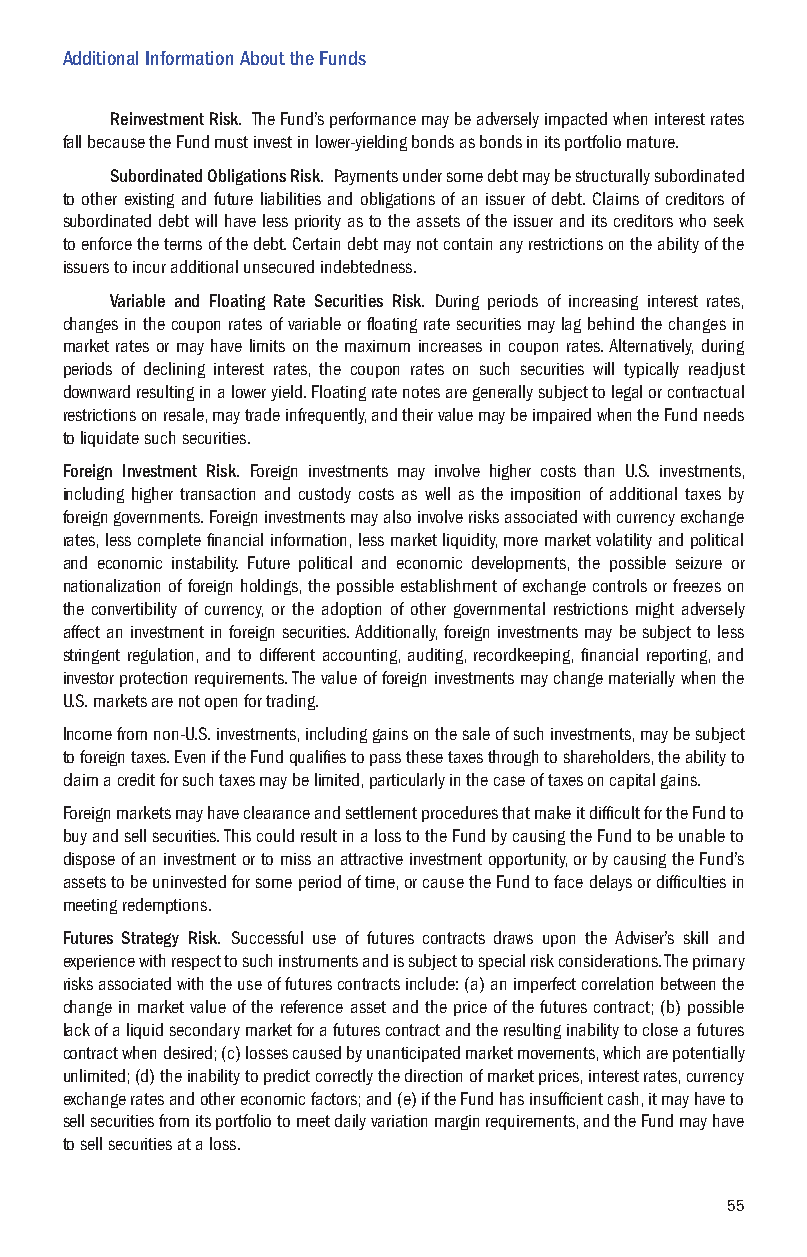
Additional Information About the Funds
 Reinvestment Risk. The Fund’s performance may be adversely impacted when interest rates
 fall because the Fund must invest in lower-yielding bonds as bonds in its portfolio mature.
 Subordinated Obligations Risk. Payments under some debt may be structurally subordinated
 to other existing and future liabilities and obligations of an issuer of debt. Claims of creditors of
 subordinated debt will have less priority as to the assets of the issuer and its creditors who seek
 to enforce the terms of the debt. Certain debt may not contain any restrictions on the ability of the
 issuers to incur additional unsecured indebtedness.
 Variable and Floating Rate Securities Risk. During periods of increasing interest rates,
 changes in the coupon rates of variable or floating rate securities may lag behind the changes in
 market rates or may have limits on the maximum increases in coupon rates. Alternatively, during
 periods of declining interest rates, the coupon rates on such securities will typically readjust
 downward resulting in a lower yield. Floating rate notes are generally subject to legal or contractual
 restrictions on resale, may trade infrequently, and their value may be impaired when the Fund needs
 to liquidate such securities.
 Foreign Investment Risk. Foreign investments may involve higher costs than U.S. investments,
 including higher transaction and custody costs as well as the imposition of additional taxes by
 foreign governments. Foreign investments may also involve risks associated with currency exchange
 rates, less complete financial information, less market liquidity, more market volatility and political
 and economic instability. Future political and economic developments, the possible seizure or
 nationalization of foreign holdings, the possible establishment of exchange controls or freezes on
 the convertibility of currency, or the adoption of other governmental restrictions might adversely
 affect an investment in foreign securities. Additionally, foreign investments may be subject to less
 stringent regulation, and to different accounting, auditing, recordkeeping, financial reporting, and
 investor protection requirements. The value of foreign investments may change materially when the
 U.S. markets are not open for trading.
 Income from non-U.S. investments, including gains on the sale of such investments, may be subject
 to foreign taxes. Even if the Fund qualifies to pass these taxes through to shareholders, the ability to
 claim a credit for such taxes may be limited, particularly in the case of taxes on capital gains.
 Foreign markets may have clearance and settlement procedures that make it difficult for the Fund to
 buy and sell securities. This could result in a loss to the Fund by causing the Fund to be unable to
 dispose of an investment or to miss an attractive investment opportunity, or by causing the Fund’s
 assets to be uninvested for some period of time, or cause the Fund to face delays or difficulties in
 meeting redemptions.
 Futures Strategy Risk. Successful use of futures contracts draws upon the Adviser’s skill and
 experience with respect to such instruments and is subject to special risk considerations. The primary
 risks associated with the use of futures contracts include: (a) an imperfect correlation between the
 change in market value of the reference asset and the price of the futures contract; (b) possible
 lack of a liquid secondary market for a futures contract and the resulting inability to close a futures
 contract when desired; (c) losses caused by unanticipated market movements, which are potentially
 unlimited; (d) the inability to predict correctly the direction of market prices, interest rates, currency
 exchange rates and other economic factors; and (e) if the Fund has insufficient cash, it may have to
 sell securities from its portfolio to meet daily variation margin requirements, and the Fund may have
 to sell securities at a loss.
 55